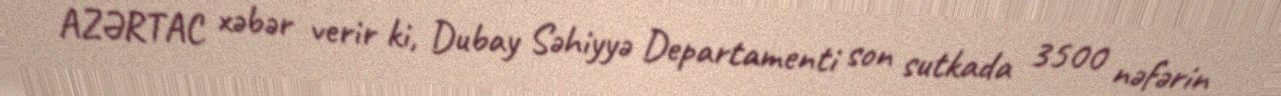
AZƏRTAC xəbər verir ki, Dubay Səhiyyə Departamenti son sutkada 3500 nəfərin